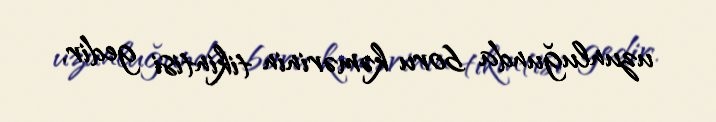
uzunluğunda boru kəmərinin tikintisi gedir.